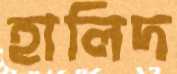
হালিদ